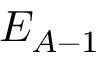
E _ { A - 1 }